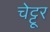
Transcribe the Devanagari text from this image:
चेट्टूर